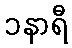
၁နာရီ